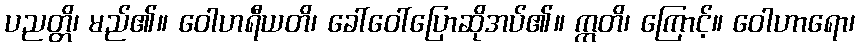
ပညတ္တိ၊ မည်၏။ ဝေါဟရီယတိ၊ ခေါ်ဝေါ်ပြောဆိုအပ်၏။ ဣတိ၊ ကြောင့်။ ဝေါဟာရော၊